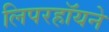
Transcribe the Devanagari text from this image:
लिपरहॉयने